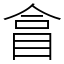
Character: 𥅽